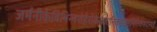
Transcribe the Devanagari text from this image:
जर्मनीकेविभिन्नशेहेरोंकेवैज्ञानिकइससमितिकेसदस्यहैं